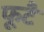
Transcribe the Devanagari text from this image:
फूटै